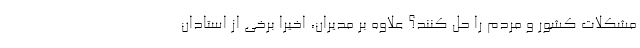
مشکلات کشور و مردم را حل کنند؟ علاوه بر مدیران، اخیراً برخی از استادان